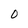
Character: 0